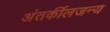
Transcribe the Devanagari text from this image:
अंतर्कीलजन्य